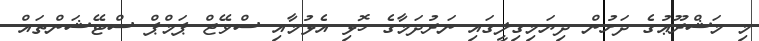
މި މަޝްރޫޢުގެ ދަށުން ދިޔަމިގިލީގައި ނަރުދަމާގެ ހޮޅި އެޅުމާއި ސްވޭޖް ޕަމްޕް ސްޓޭޝަންތައް